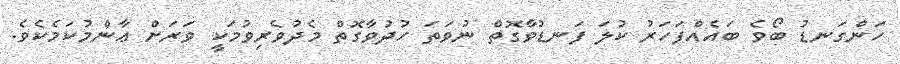
ހަންގަނޑު ބޯވެ ބައެއްފަހަރު ކުލަ ފަނޑުވާގޮތް ނުވަތަ ހުދުވާގޮތް މެދުވެރިވުމަކީ ވަރަށް ޢާންމުކަމެކެވެ.